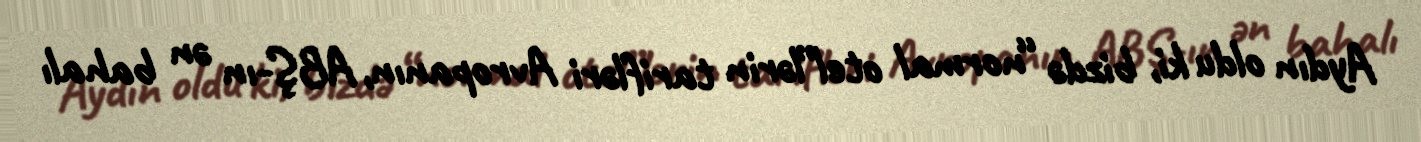
Aydın oldu ki, bizdə “normal otel”lərin tarifləri Avropanın, ABŞ-ın ən bahalı